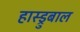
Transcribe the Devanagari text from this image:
हास्ड्रुबाल